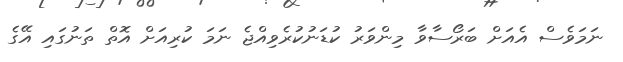
ނަމަވެސް އެއަށް ބަރޯސާވާ މިންވަރު ކުޑަނުކުރެވިއްޖެ ނަމަ ކުރިއަށް އޮތް ތަނުގައި އޭގެ